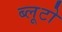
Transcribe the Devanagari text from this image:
ब्लूटो